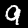
Label: 9